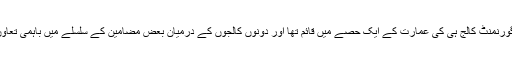
اس وقت تک اورینٹل کالج لاہور گورنمنٹ کالج ہی کی عمارت کے ایک حصّے میں قائم تھا اور دونوں کالجوں کے درمیان بعض مضامین کے سلسلے میں باہمی تعاون اور اشتراک کا سلسلہ جاری تھا۔